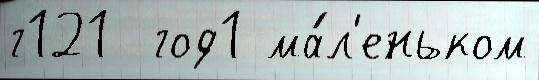
г121  год1 ма́л'еньком